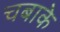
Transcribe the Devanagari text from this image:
चबाके